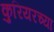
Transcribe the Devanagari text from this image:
कुरियरच्या